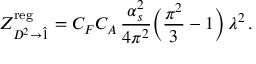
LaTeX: Z _ { D ^ { 2 } \to \hat { 1 } } ^ { \mathrm { r e g } } = C _ { F } C _ { A } \, \frac { \alpha _ { s } ^ { 2 } } { 4 \pi ^ { 2 } } \bigg ( \frac { \pi ^ { 2 } } { 3 } - 1 \bigg ) \, \lambda ^ { 2 } \, .